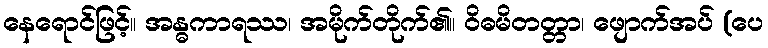
နေရောင်ဖြင့်။ အန္ဓကာရဿ၊ အမိုက်တိုက်၏။ ဝိဓမိတတ္တာ၊ ဖျောက်အပ် (ပေ